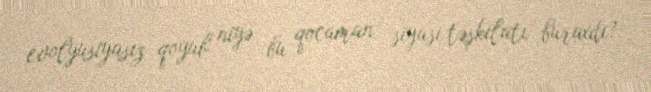
evolyusiyasız qoyub niyə bu qocaman siyasi təşkilatı buraxdı?.